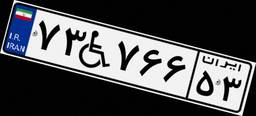
۷۳W۷۶۶۵۳